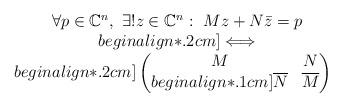
LaTeX: \begin{align*}\begin{array}{c}\forall p \in \mathbb{C}^n, ~ \exists ! z \in \mathbb{C}^n: ~ Mz + N \bar{z} = p \\begin{align*}.2cm] \Longleftrightarrow \\begin{align*}.2cm] \begin{pmatrix}M & N \\begin{align*}.1cm]\overline{N} & \overline{M} \end{pmatrix} ~\end{array}\end{align*}